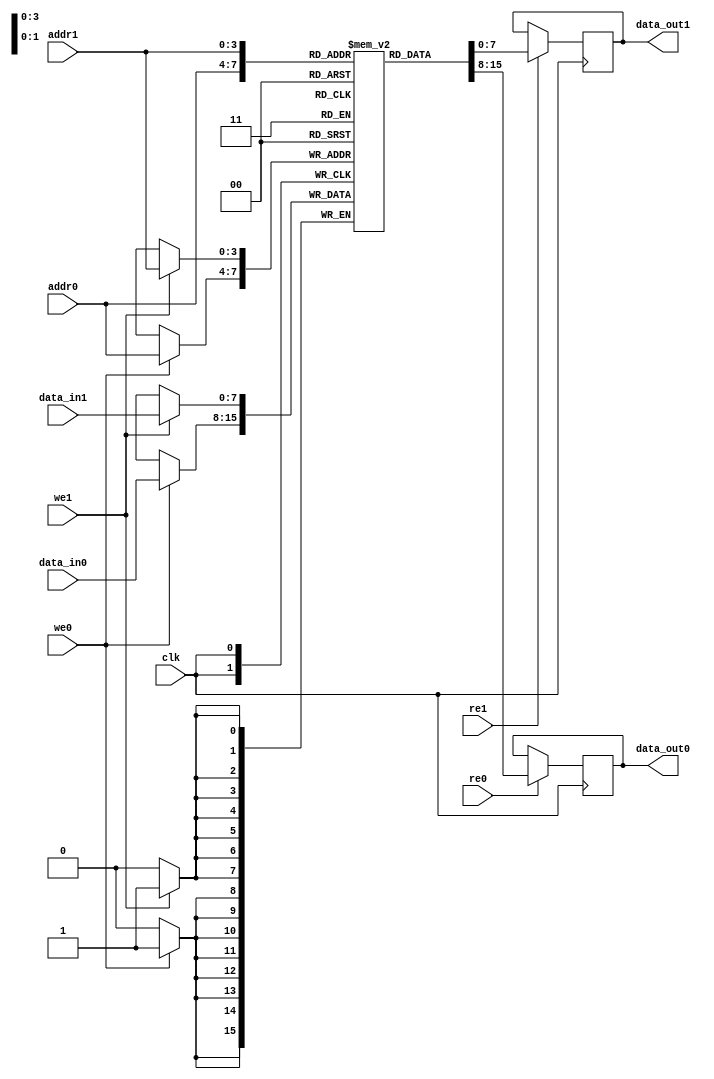
module MPSRAM #(
    parameter DATA_WIDTH = 8,   // Configurable data width (8, 16, 32, etc.)
    parameter ADDR_WIDTH = 4,    // Configurable address width (for 16 entries)
    parameter NUM_PORTS = 2       // Number of ports (2-port example)
)(
    input wire clk,
    
    // Port 0
    input wire [ADDR_WIDTH-1:0] addr0,
    input wire [DATA_WIDTH-1:0] data_in0,
    output reg [DATA_WIDTH-1:0] data_out0,
    input wire we0,               // Write enable for port 0
    input wire re0,               // Read enable for port 0
    
    // Port 1
    input wire [ADDR_WIDTH-1:0] addr1,
    input wire [DATA_WIDTH-1:0] data_in1,
    output reg [DATA_WIDTH-1:0] data_out1,
    input wire we1,               // Write enable for port 1
    input wire re1                // Read enable for port 1
);

    // Memory array
    reg [DATA_WIDTH-1:0] mem_array [(2**ADDR_WIDTH)-1:0];

    // Port 0 Read/Write operation
    always @(posedge clk) begin
        if (we0) begin
            mem_array[addr0] <= data_in0; // Write data to memory
        end
        if (re0) begin
            data_out0 <= mem_array[addr0]; // Read data from memory
        end
    end

    // Port 1 Read/Write operation
    always @(posedge clk) begin
        if (we1) begin
            mem_array[addr1] <= data_in1; // Write data to memory
        end
        if (re1) begin
            data_out1 <= mem_array[addr1]; // Read data from memory
        end
    end

endmodule